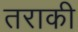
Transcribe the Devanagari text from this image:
तराकी